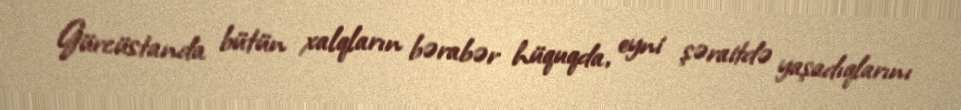
Gürcüstanda bütün xalqların bərabər hüquqda, eyni şəraitdə yaşadıqlarını